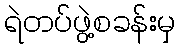
ရဲတပ်ဖွဲ့စခန်းမှ